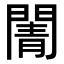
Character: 𮤒